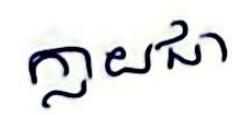
ក្លាយជា